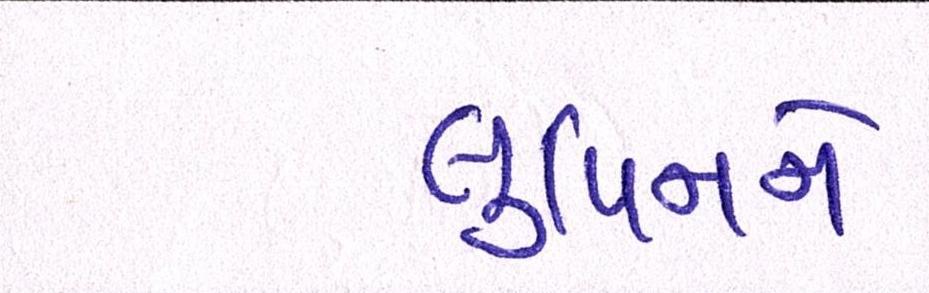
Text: લુપિનને